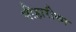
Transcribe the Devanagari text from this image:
नीहारीका